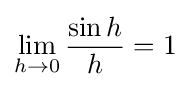
\lim _{h\rightarrow 0}{\frac {\sin h}{h}}=1